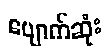
ပျောက်ဆုံး